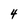
Character: 4